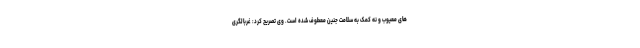
های معیوب و نه کمک به سلامت جنین معطوف شده است. وی تصریح کرد: غربالگری